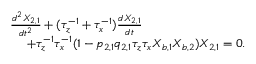
\begin{array} { r l } & { \frac { d ^ { 2 } X _ { 2 , 1 } } { d t ^ { 2 } } + ( \tau _ { z } ^ { - 1 } + \tau _ { x } ^ { - 1 } ) \frac { d X _ { 2 , 1 } } { d t } } \\ & { ~ ~ ~ ~ + \tau _ { z } ^ { - 1 } \tau _ { x } ^ { - 1 } ( 1 - p _ { 2 , 1 } q _ { 2 , 1 } \tau _ { z } \tau _ { x } X _ { b , 1 } X _ { b , 2 } ) X _ { 2 , 1 } = 0 . } \end{array}